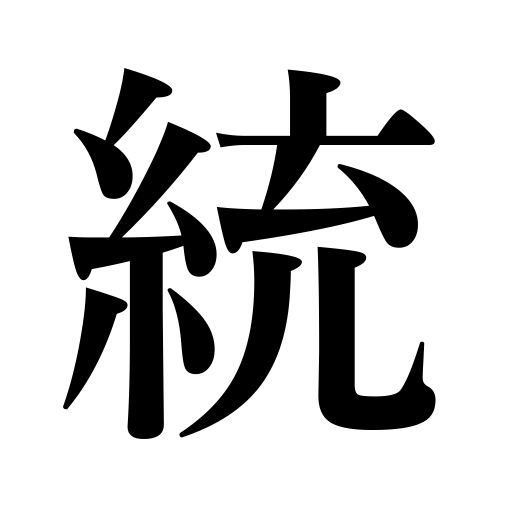
Meanings: lineage,govern,control,supervise,relationship,beginning